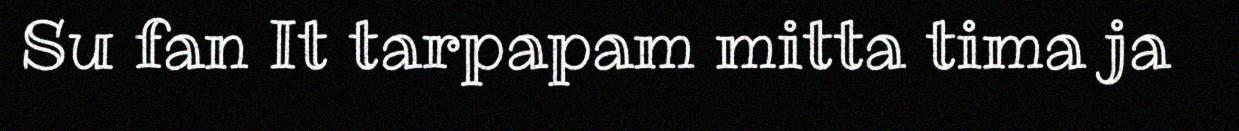
Su fan It tarpapam mitta tima ja